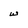
Character: w